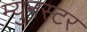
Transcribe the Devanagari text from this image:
म्युनस्टर